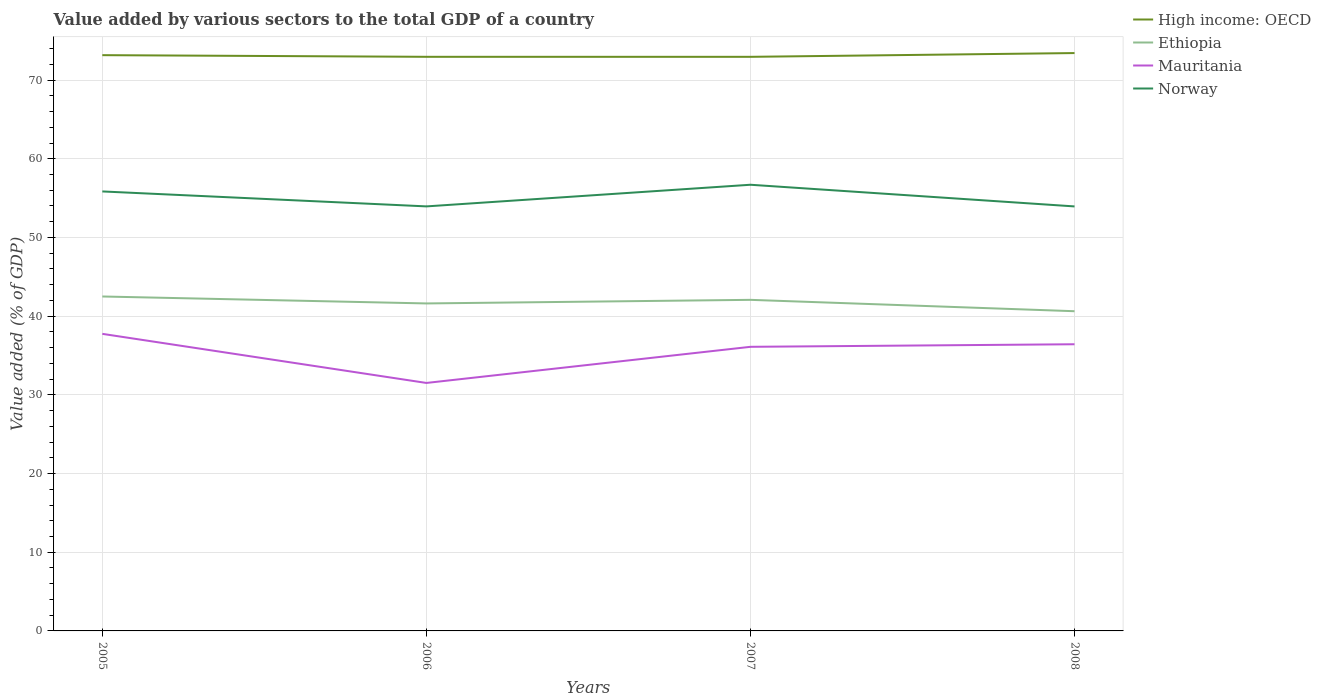
| Years | High income: OECD | Ethiopia | Mauritania | Norway |
 | --- | --- | --- | --- | --- |
 | 2005 | 73.2 | 42.5 | 37.8 | 55.8 |
 | 2006 | 73 | 41.6 | 31.5 | 53.9 |
 | 2007 | 73 | 42.1 | 36.1 | 56.7 |
 | 2008 | 73.4 | 40.6 | 36.4 | 53.9 |